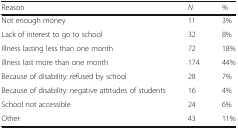
| Reason | N | % |
 | --- | --- | --- |
 | Not enough money | 11 | 3% |
 | Lack of interest to go to school | 32 | 8% |
 | Illness lasting less than one month | 72 | 18% |
 | Illness last more than one month | 174 | 44% |
 | Because of disability: refused by school | 28 | 7% |
 | Because of disability: negative attitudes of students | 16 | 4% |
 | School not accessible | 24 | 6% |
 | Other | 43 | 11% |